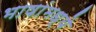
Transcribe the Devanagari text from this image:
भाषांमध्‍ये